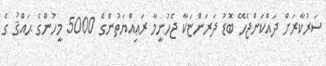
ސަރުކާރަށް ދައްކަންޖެހޭ ބޮޑު ދަރަންޏަކާ ޖެހުނީމާ ރަޢިއްޔަތުންގެ 5000 މީހުންގެ ޙައްޤު ގެ